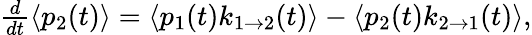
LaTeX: \begin{array}{r}{\frac{d}{dt}\langle p_{2}(t)\rangle=\langle p_{1}(t)k_{1\rightarrow 2}(t)\rangle-\langle p_{2}(t)k_{2\rightarrow 1}(t)\rangle,}\end{array}